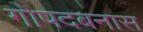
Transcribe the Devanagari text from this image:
गोपदबनास